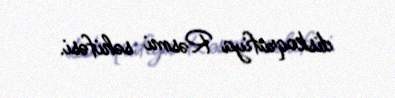
diskoqrafiya Rəsmi səhifəsi.